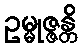
ဥမ္မုဇ္ဇန္တိ